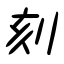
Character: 刻